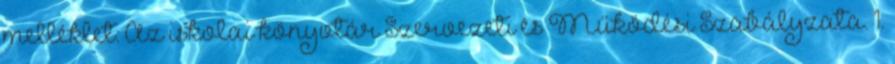
melléklet: Az iskolai könyvtár Szervezeti és Működési Szabályzata. 1.